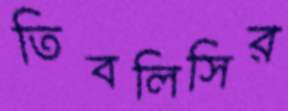
তিবলিসির